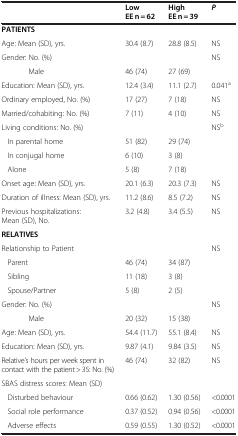
<table><thead><tr><td><b> </b></td><td><b>LowEE n = 62</b></td><td><b>HighEE n = 39</b></td><td><b><i>P</i></b></td></tr></thead><tbody><tr><td><b>PATIENTS</b></td><td> </td><td> </td><td> </td></tr><tr><td>Age: Mean (SD), yrs.</td><td>30.4 (8.7)</td><td>28.8 (8.5)</td><td>NS</td></tr><tr><td>Gender: No. (%)</td><td> </td><td> </td><td>NS</td></tr><tr><td>Male</td><td>46 (74)</td><td>27 (69)</td><td> </td></tr><tr><td>Education: Mean (SD), yrs.</td><td>12.4 (3.4)</td><td>11.1 (2.7)</td><td>0.041<sup>a</sup></td></tr><tr><td>Ordinary employed, No. (%)</td><td>17 (27)</td><td>7 (18)</td><td>NS</td></tr><tr><td>Married/cohabiting: No. (%)</td><td>7 (11)</td><td>4 (10)</td><td>NS</td></tr><tr><td>Living conditions: No. (%)</td><td> </td><td> </td><td>NS<sup>b</sup></td></tr><tr><td> In parental home</td><td>51 (82)</td><td>29 (74)</td><td> </td></tr><tr><td> In conjugal home</td><td>6 (10)</td><td>3 (8)</td><td> </td></tr><tr><td> Alone</td><td>5 (8)</td><td>7 (18)</td><td> </td></tr><tr><td>Onset age: Mean (SD), yrs.</td><td>20.1 (6.3)</td><td>20.3 (7.3)</td><td>NS</td></tr><tr><td>Duration of illness: Mean (SD), yrs.</td><td>11.2 (8.6)</td><td>8.5 (7.2)</td><td>NS</td></tr><tr><td>Previous hospitalizations: Mean (SD), No.</td><td>3.2 (4.8)</td><td>3.4 (5.5)</td><td>NS</td></tr><tr><td><b>RELATIVES</b></td><td> </td><td> </td><td> </td></tr><tr><td>Relationship to Patient</td><td> </td><td> </td><td>NS</td></tr><tr><td> Parent</td><td>46 (74)</td><td>34 (87)</td><td> </td></tr><tr><td> Sibling</td><td>11 (18)</td><td>3 (8)</td><td> </td></tr><tr><td> Spouse/Partner</td><td>5 (8)</td><td>2 (5)</td><td> </td></tr><tr><td>Gender: No. (%)</td><td> </td><td> </td><td>NS</td></tr><tr><td>Male</td><td>20 (32)</td><td>15 (38)</td><td> </td></tr><tr><td>Age: Mean (SD), yrs.</td><td>54.4 (11.7)</td><td>55.1 (8.4)</td><td>NS</td></tr><tr><td>Education: Mean (SD), yrs.</td><td>9.87 (4.1)</td><td>9.84 (3.5)</td><td>NS</td></tr><tr><td>Relative’s hours per week spent in contact with the patient &gt; 35: No. (%)</td><td>46 (74)</td><td>32 (82)</td><td>NS</td></tr><tr><td>SBAS distress scores: Mean (SD)</td><td> </td><td> </td><td> </td></tr><tr><td> Disturbed behaviour</td><td>0.66 (0.62)</td><td>1.30 (0.56)</td><td>&lt;0.0001</td></tr><tr><td> Social role performance</td><td>0.37 (0.52)</td><td>0.94 (0.56)</td><td>&lt;0.0001</td></tr><tr><td> Adverse effects</td><td>0.59 (0.55)</td><td>1.30 (0.52)</td><td>&lt;0.0001</td></tr></tbody></table>